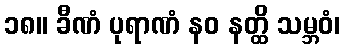
၁၈။ ခီဏံ ပုရာဏံ နဝ နတ္ထိ သမ္ဘဝံ၊